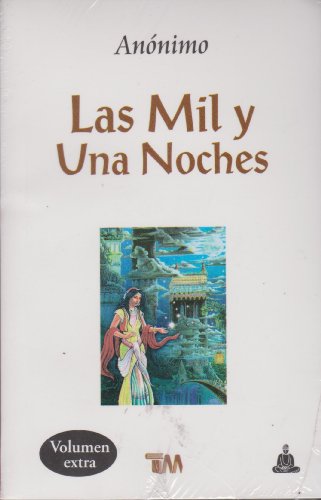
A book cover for Mil Y Una Noches, Las (Spanish Edition); AnÃ³nimo; Literature & Fiction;